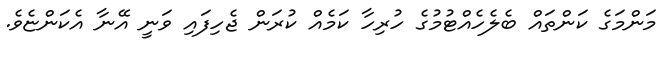
މަންމަގެ ކަންތައް ބެލެހެއްޓުމުގެ ހުރިހާ ކަމެއް ކުރަން ޖެހިފައި ވަނީ އޭނާ އެކަންޏެވެ.